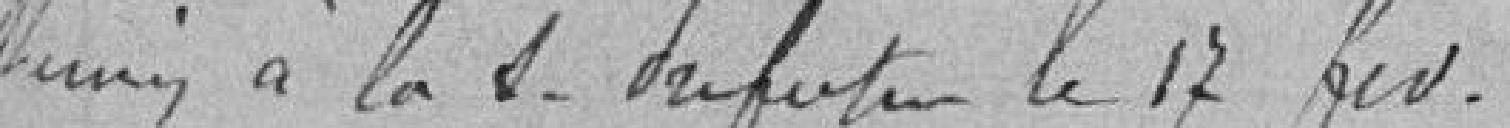
Soumis à la sous préfecture le 17 février